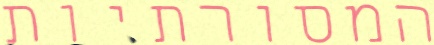
המסורתיות